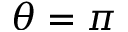
\theta = \pi